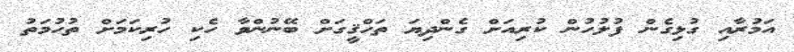
އަމުރާއި ގުޅިގެން ފުލުހުން ކުރިއަށް ގެންދިޔަ ތަހްޤީގަށް ބޭނުންވާ ހެކި ހުރިކަމަށް ތުހުމަތު